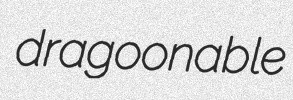
dragoonable